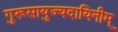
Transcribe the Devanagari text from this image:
गुरूसायुज्यदायिनीम्